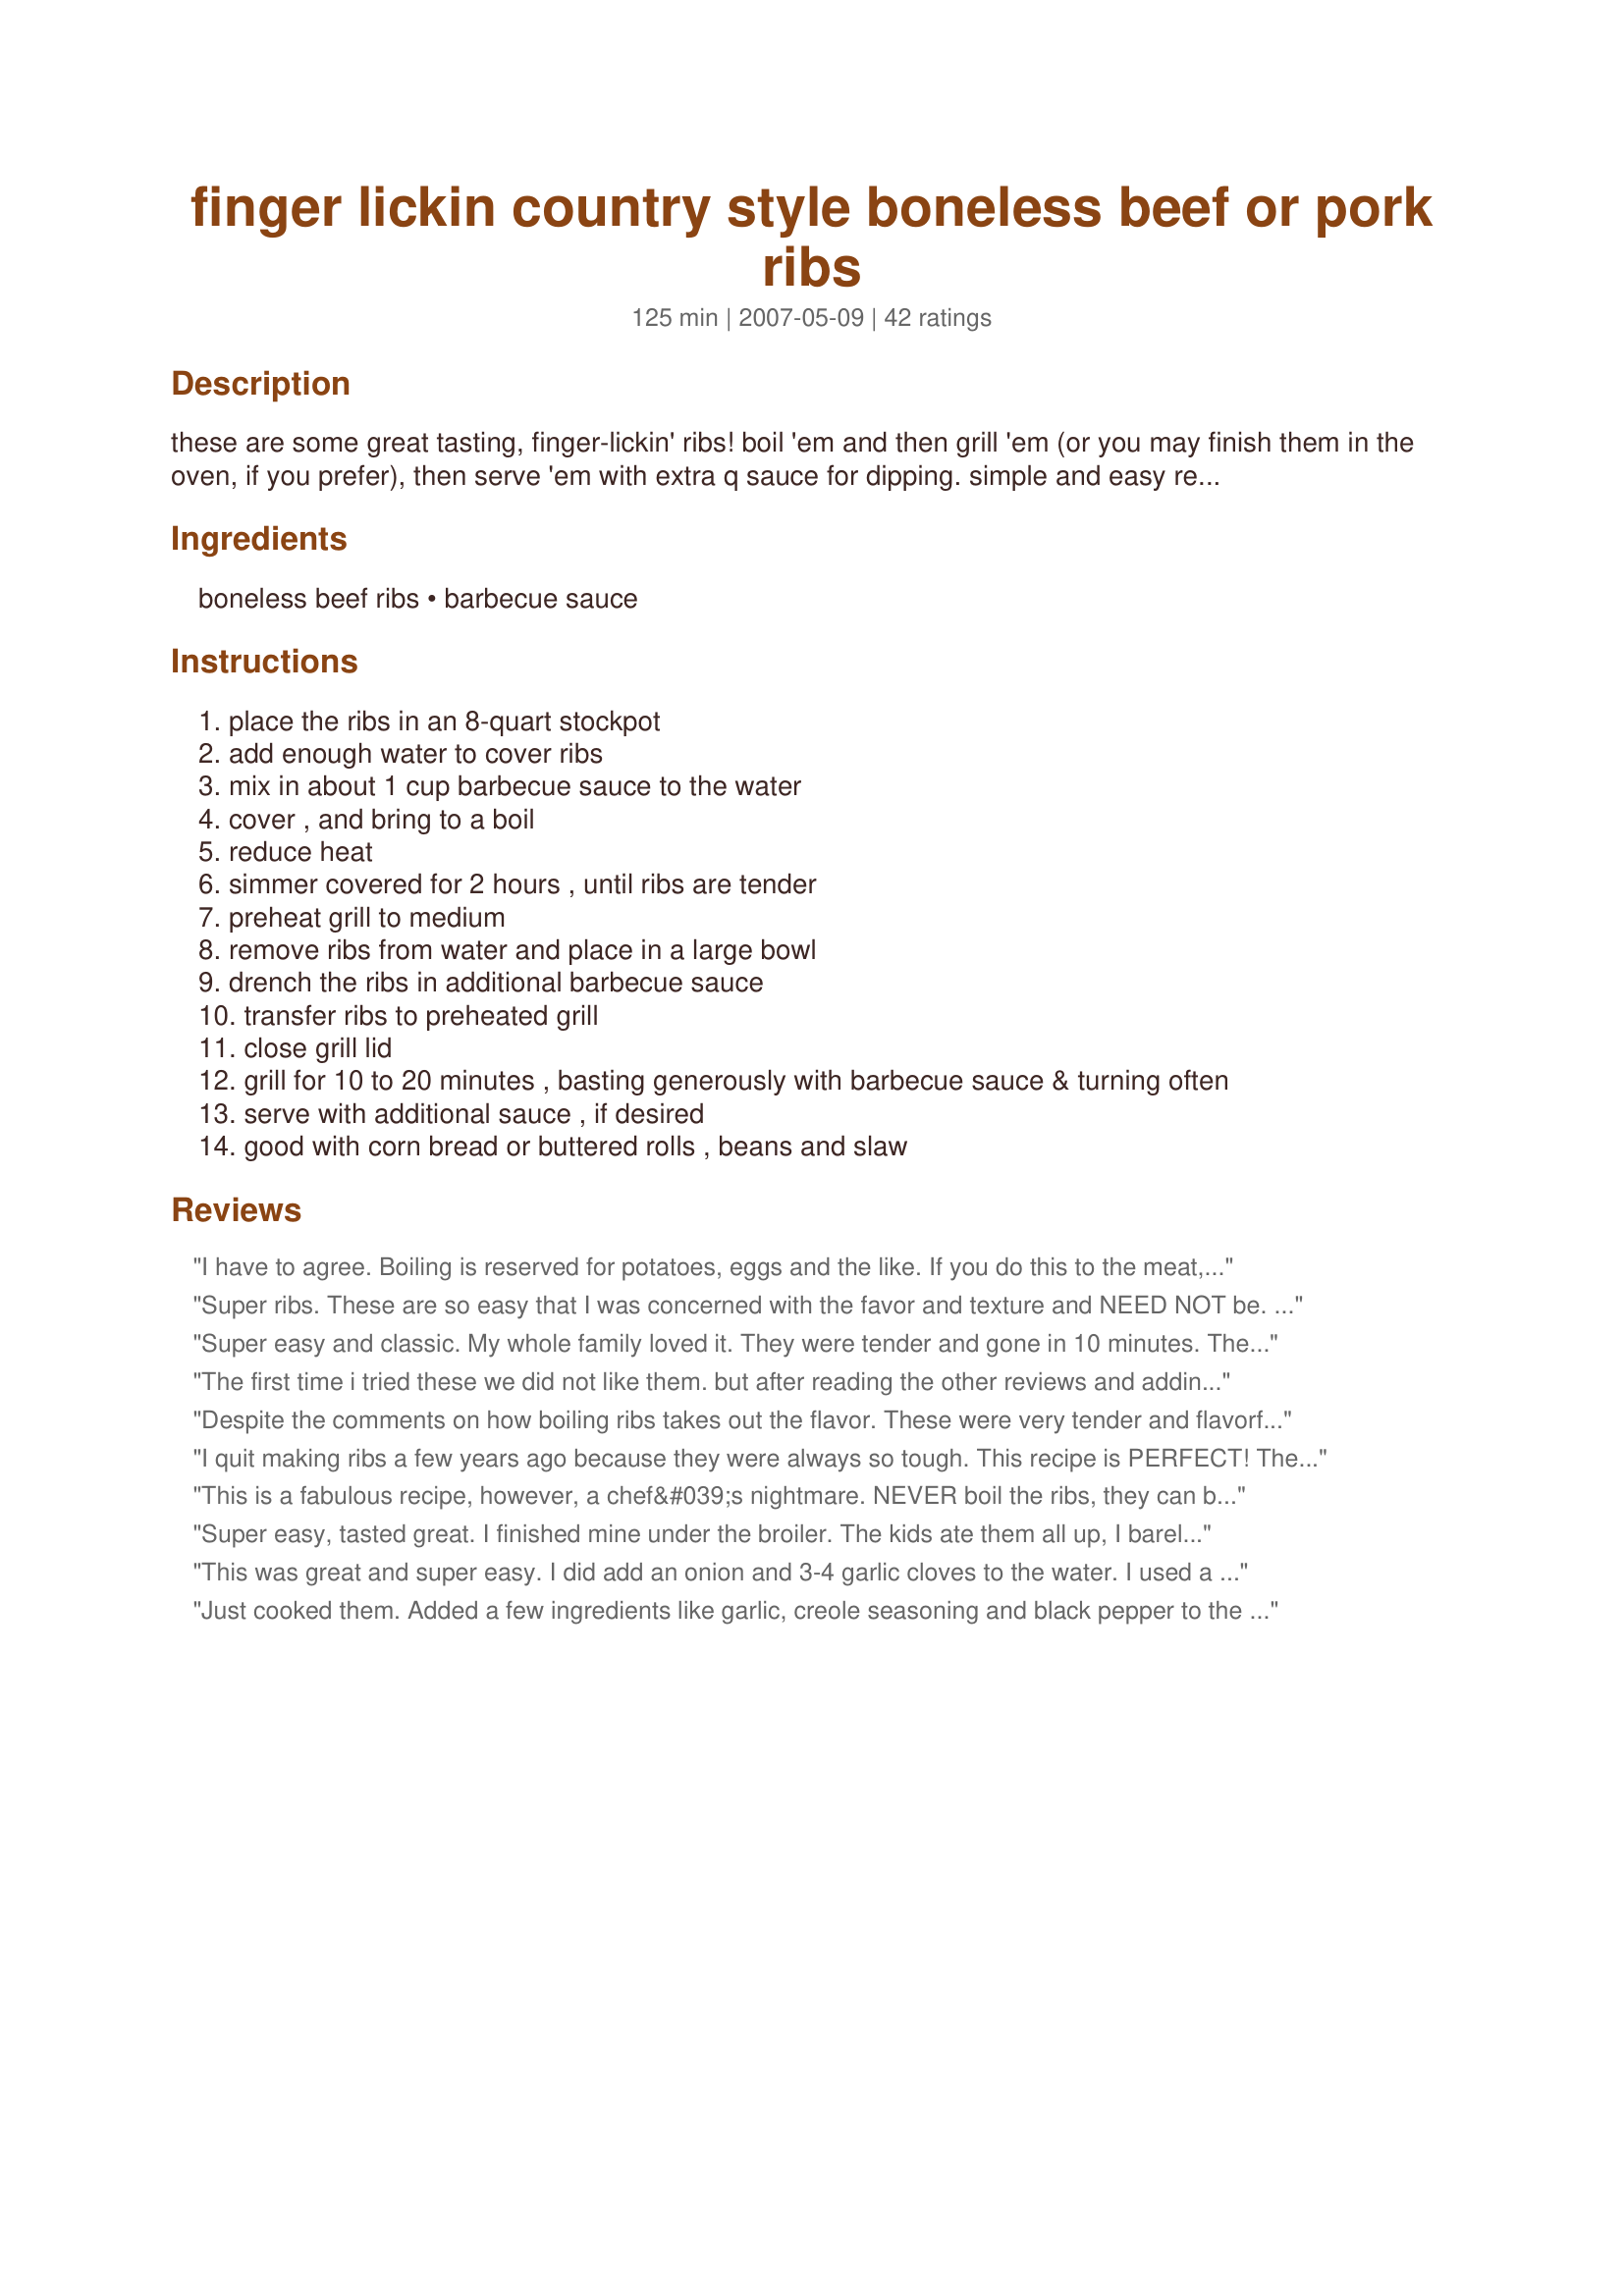
finger lickin country style boneless beef or pork ribs
Preparation time: 125 minutes

these are some great tasting, finger-lickin' ribs! boil 'em and then grill 'em (or you may finish them in the oven, if you prefer), then serve 'em with extra q sauce for dipping. simple and easy recipe, with no heating up of the kitchen from a hot oven, which is an added bonus especially in the hot summertime. recipe is from my southern born and raised sis-in-law, patricia ellen. thought i'd share with y'all, i hope you enjoy. serve with some corn bread or buttered rolls, beans and slaw.

Ingredients:
boneless beef ribs, barbecue sauce

Steps:
place the ribs in an 8-quart stockpot
add enough water to cover ribs
mix in about 1 cup barbecue sauce to the water
cover , and bring to a boil
reduce heat
simmer covered for 2 hours , until ribs are tender
preheat grill to medium
remove ribs from water and place in a large bowl
drench the ribs in additional barbecue sauce
transfer ribs to preheated grill
close grill lid
grill for 10 to 20 minutes , basting generously with barbecue sauce & turning often
serve with additional sauce , if desired
good with corn bread or buttered rolls , beans and slaw

Reviews:
I have to agree. Boiling is reserved for potatoes, eggs and the like. If you do this to the meat, it will take away all the flavor of the meat and you are only left with the flavor of the barbecue sauce. Slow and easy in a smoker at no more than 250 degrees for about 6 hours will give you fall apart flavor. Salt and pepper and favorite moppin sauce. You can also do the same in an oven at 250 degrees for 2 hours then finish on the grill with your favorite BBQ sauce turning every 3-4 minutes until you have a caramelized exterior. Again, boiling is for those who like the flavor of BBQ sauce and nothing else.
Super ribs. These are so easy that I was concerned with the favor and texture and NEED NOT be. Wonderful and easy. MAtter of fact making again this evening for dinner. I used Honey BBQ sauce and added garlic(personal preference) The tastes melded together and the remaining sauce was poured into a bowl for dipping. This will go into my fast and simple cookbook. By the way the house smelled fabulous. Had this with orn on the cob and green beans with tomatoe salad.
Super easy and classic. My whole family loved it. They were tender and gone in 10 minutes. The bones all slipped out cleanly. No gnawing necessary!!
The first time i tried these we did not like them. but after reading the other reviews and adding liquid smoke and garlic to the water. these are fantastic. Even my picky eater asked for more,, ty
Despite the comments on how boiling ribs takes out the flavor. These were very tender and flavorful. This was my first time making boneless ribs and loved them!! Thanks for the recipe, I will be using this again and do recommend this recipe to anyone!
I quit making ribs a few years ago because they were always so tough. This recipe is PERFECT! The ribs were so tender! I'm not hesitant to cook ribs anymore! :)
This is a fabulous recipe, however, a chef&#039;s nightmare. NEVER boil the ribs, they can be baked for a few hours a a low temp, but never boil. Any chef worth their salt and ANY Rib shack owner would tell you the same thing. Never boil. Flavor in meats come from the fats, and boiling remove the fats , hence removing flavor, so most of what you are tasting is seasonings and bbq sauce, not the meat itself. Do you boil a good rib eye steak? NEVER
Super easy, tasted great. I finished mine under the broiler. The kids ate them all up, I barely got a bite.
This was great and super easy. I did add an onion and 3-4 garlic cloves to the water. I used a Teryaki BBQ sauce too. I did add a little molasses to the sauce when I put them in the oven...came out with a great glaze and were very yummy. Honey would work too. Will make often
Just cooked them. Added a few ingredients like garlic, creole seasoning and black pepper to the boil. Awesome!!!
I used boneless pork ribs for this recipe and along with the BBQ sauce in the water I added a few dashes of liquid smoke and some minced garlic, I finished them in the oven with more BBQ sauce, I did turn the heat up to 375 and used a honey BBQ, this got me some nice carmelization. Delicious recipe. The only way I will ever make ribs :)
I did this and it turned out perfect! I LOVED it and will do it again soon. I didn't need to boil mine for 2 hours because they were falling apart already. What a great way to get them nice and tender. Thanks for the great recipe.
I will never cook my boneless country style pork ribs any other way!!! I only boiled mine for an hour and a half, but I only had 3 ribs in the pot also... I added bbq sauce, onion powder, garlic powder, salt, pepper, and minced garlic to the water. When I took them out of water, they nearly fell apart! I put them in a glass pan, basted them with bbq sauce, and put them in a 375 oven for about 8 minutes, then put the broiler on just long enough to carmelize the sauce a tiny bit (3-5 minutes or so). These were DELICIOUS!!! Thanks for the recipe :) P.S. My grill didnt have any propane, otherwise I would have cooked them that way.. I could only imagine how delectable these would have tasted that way!
giving 5 stars for easiness :)just found this today going to try it later afternoon and wil post turn out !!!!!
OMG!!!! these were delicious, they came out perfect, and my entire family loved them. I did add diced onions, minced garlic, worchester sauce to the BBQ sauce to boil. Nice easy recipe with great results.
This turned out great! I added some fresh minced garlic, hickory-barbeque sauce, a few tablespoons of balsamic viniegrette dressing, and some sea salt to the water as it boiled. Then based it with maple syrup and remaining barbeque sauce before finishing it in the oven for 10 minutes. This was a hit with my family!
These were the best! I had only 4 pork country-style ribs for the 2 of us and finished them off in my NuWave oven. I can only imagine how wonderful they would be on the grill...next time! Thanks!!
My husband brought home ribs late afternoon and wanted me to cook them by tonight. I didn't think I would have had the time so I got on the web and found this recipe. Even more last minute I invited friends over for dinner with the comment "Not sure how dinner will turn out". Needless to say it turned out GREAT, So great I just got an email from the husband asking for recipe! My only suggestion it to make sure not to boil them too long as they fell apart and I had min ribs instead of big ones and it was harder to BBQ. I will for sure make these again and again. Oh the BBQ in the water was such a nice touch!
These turned out great and everyone liked them. I finished them in the oven this time, but will probably start grilling them soon, since it is too hot to turn on the oven.
OMG These were so good! The best ribs I've ever had! I sprinkled them with Famous Dave's Rib Rub and slathered them with Sweet & Sassy barbecue sauce before throwing them on the grill! Can't wait to make them again!
These were great! I did pour some liquid smoke into the pot during simmering. I used boneless beef ribs and made half with BBQ sauce and half with teriyaki. They were not dry at all, and very tender.
EXCELLENT and so easy! I make my own BBQ sauce. I made this recipe with the pork and it was delish! Im making it today with Beef & same sauce. I have no doubts it will be a hit also. Thanks!
Will not do this again. Flavorless with boiled meat texture...next time will bake on 275 for 5-6 hours and then put on grill. This was quick but no one ate it...
I'm not a fan of boiling meat but your right they turned out fantastic. I added salt, pepper and lots of galic instead or BBQ sauce to the water. I sauced them on the grill, so tender they melted in your mouth.
My kids loved it
I've made these several times since finding the recipe. They're always amazing! And they're cheap and easy to make. Can't go wrong with these ribs!
Never grilled country style pork ribs before and was excited to try this after seeing the most delicious looking ribs on the photo. They came out exactly like the picture! They were finger licking great! I boiled the ribs using beer and barbecue sauce instead of water, adding some crushed garlic. after they were done, I reduced the remaining liquid to a thick sauce and used that to coat while grilling. Yummo! Thank you for the great recipe BecR!
Great recipe - our entire family loved these ribs, even the kids! I will definitely make these again! Thanks for sharing a great recipe!
These are so easy and so delicious. Will use bone in ribs next time. Used Jack Daniel's bbq sauce, 6 cloves of garlic (smashed), a hit of teriyaki sauce, a bit of honey. Finished them on the grill. FANTASTIC. Will be posting on my blog.
This was awesome. DH was skeptical re: boiling first, but 'twas all for naught! These ribs did not lose one once of flavor in the water. Along with the cup of BBQ sauce we minced 3 cloves of garlic, cut up a medium sized onion, threw in some kosher salt and cracked black pepper. When they hit the grill, they took off running. 10 minutes for ours and they were sliding off the bone and falling apart. Messy, sticky? Oh yeah. "Finger-Lickin' Good." We were lovin' 'em. Thanks for a great recipe.
Amazing!
I had some boneless pork ribs in the freezer and I saw this recipe. It was super easy to do and came out delicious! The ribs were falling apart. I used a Texas style BBQ sauce and finished them in the oven since my grill isn't working. We absolutely loved them and will be making this recipe again. Thanks for the great recipe.
Can't get much easier than this! We were not able to grill last night so we finished them up in the oven. I did it at 375 though to get some carmelization. They were very tender and very tasty - not bland at all.

As far as the boiling part I added a bunch of salt and pepper, and some red pepper flakes for heat.
Served along side was red beans and rice. Very tasty, thank you.
I'm going to go ahead and give this 5 stars because I think that if you actually got around to grilling them they would earn it hands down. However, I broiled mine for about 5 minutes, and while they were good, I can kind of see where the comment about them being "bland" came from (so this round I would probably say they deserved closer to 4 stars). If the BBQ sauce doesn't get the chance to "carmelize" on the outside of the meat, it loses some of it's appeal. I used Jack Daniels BBQ sauce, boneless pork ribs, and as I mentioned earlier, I broiled mine (broiler set on the low setting) for about 5 minutes. We'll definitely be making this again--and next time we'll make darn sure that we have gas for the grill!! :-) Thank you, Bec!
This was a fantastic recipe. I did as others said and added some sliced garlic and onion and wor. sauce to the pot. It was sooooo tender. My father loved it and so did my hubby and he is a picky picky pork rib eater. I have made it again one week later. THANKS FOR SHARING.
Thanks for this recipe. I bought boneless pork ribs and had no idea how to make them. I've never made ribs before. This recipe was great. I did modify it a bit, just to add more flavor. I boiled the ribs in water, BBQ sauce, worcestershire sauce, minced garlic, and pepper. Then finished them up on the grill. They turned out great. Very tender and delicious. I dipped them in a bit more BBQ sauce and the ribs were perfect. YUM!
These ribs are great. Here are a couple of tips I have for this recipe: make sure the ribs are thawed, not frozen when you start the boil. ( I doubled this recipe and it was still good.) Boiling ribs before broiling or BBQ-ing is not new, so how you can get no flavor on these is beyond me. I added Maggi BBQ flavor, and some liquid smoke, as well as a lot of Kosher salt and my favorite Sweet Baby Ray's BBQ sauce to the water. I also put some salt and pepper on the meat as it was thawing. When it was done, I stripped a lot of the fat, and broiled it in the oven for about 5-6 minutes and it was amazing. Give it a shot! You won't be sorry.
Wow, I just recently started cooking and I was worried about boiling the ribs but they came out perfect. Very tender. Very EASY way to cook ribs.
These came out super! I was skeptical about boiling, but added plenty of bbq sauce, Worcestershire, and loads of garlic to the water and the flavor was really amazing. I baked at 400 for 10m as I had something else in the oven going as well. Served with baked mac and cheese, homemade biscuits, and green beans. LOVE!
Turned out amazing! I'll make it again!
Sorry it took me so long to get back with a review. Okay the first time we did this, we did it as directed boiling the ribs. Yes the ribs were tender, but a lot of great flavor was also removed with the boiling method. Next time, I baked them covered at 250 degree Fahrenheit oven for 2 hours and then finished on the grill. The low and slow baking kept a lot more flavor. I thinking the only thing boiling accomplishes is making them tender.
I used 2.5 lbs of country style boneless beef ribs. I boiled them as directed and they came out dry and flavorless. I had added the bbq sauce to the water, along with smashed garlic and onion powder, but there was hardly any flavor. They were still edible slathered in bbq sauce, but I wouldn't make this again. It's possible I started with a less than stellar cut of meat or needed to simmer it for less time, but we weren't happy with the results.
